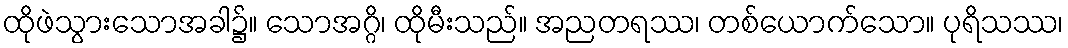
ထိုဖဲသွားသောအခါ၌။ သောအဂ္ဂိ၊ ထိုမီးသည်။ အညတရဿ၊ တစ်ယောက်သော။ ပုရိသဿ၊